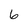
Character: 6